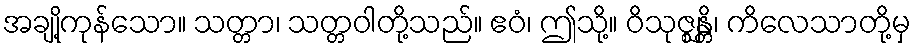
အချို့ကုန်သော။ သတ္တာ၊ သတ္တဝါတို့သည်။ ဧဝံ၊ ဤသို့။ ဝိသုဇ္ဈန္တိ၊ ကိလေသာတို့မှ